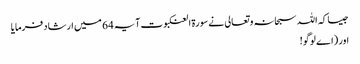
جیسا کہ اللہ سبحانہ و تعالی نے سورۃ العنکبوت آیہ 64 میں ارشاد فرمایا
اور (اے لوگو!